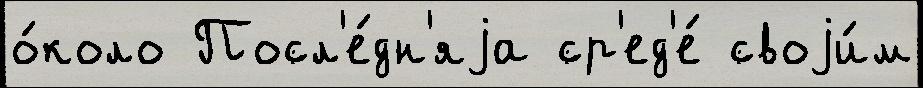
о́коло Посл'е́дн'яjа ср'ед'е́ своjи́м